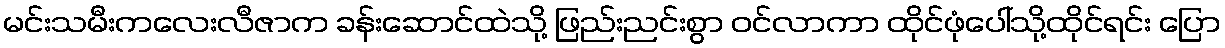
မင်းသမီးကလေးလီဇာက ခန်းဆောင်ထဲသို့ ဖြည်းညင်းစွာ ဝင်လာကာ ထိုင်ဖုံပေါ်သို့ထိုင်ရင်း ပြော